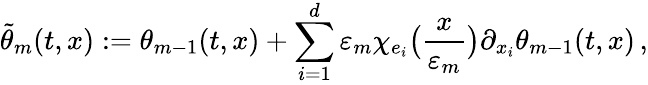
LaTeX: \tilde{\theta}_{m}(t,x):=\theta_{m-1}(t,x)+\sum_{i=1}^{d}\varepsilon_{m}\chi_{e_{i}}\bigl(\frac{x}{\varepsilon_{m}}\bigr)\partial_{x_{i}}\theta_{m-1}(t,x)\, ,